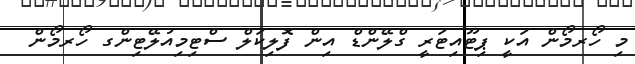
މި ހޯރމޯން އަކީ ޕިޓޫއިޓަރީ ގްލޭންޑް އިން ފޮލިކަލް ސްޓިމިއުލޭޓިންގ ހޯރމޯން